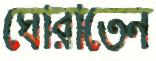
ঘোরাতেন